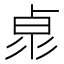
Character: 𠧻